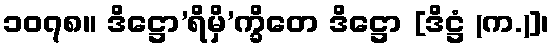
၁၀၇၈။ ဒိဋ္ဌော’ရိမှိ’က္ခိတေ ဒိဋ္ဌော [ဒိဋ္ဌံ (က.)]၊